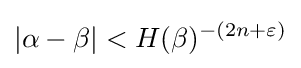
\left|\alpha -\beta \right|<H(\beta )^{-(2n+\varepsilon )}